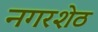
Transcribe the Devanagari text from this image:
नगरशेठ